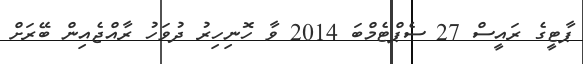
ޕާޓީގެ ރައީސް 27 ސެޕްޓެމްބަ 2014 ވާ ހޮނިހިރު ދުވަހު ރާއްޖެއިން ބޭރަށް